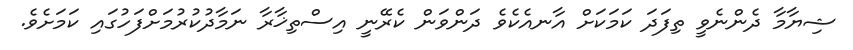
ޝިޔާމާ ދެންނެވީ ތިފަދަ ކަމަކަށް އާނއެކެވެ ދަންވަން ކެރޭނީ އިސްތިޚާރާ ނަމާދުކުރުމަށްފަހުގައި ކަމަށެވެ.